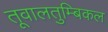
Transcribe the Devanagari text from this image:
तूवालतुम्बिकल